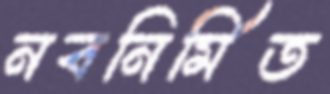
নবনির্মিত